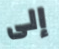
إلى